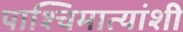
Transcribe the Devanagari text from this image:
पाश्चिमात्यांशी